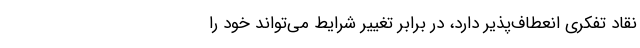
نقاد تفکری انعطاف‌پذیر دارد، در برابر تغییر شرایط می‌تواند خود را